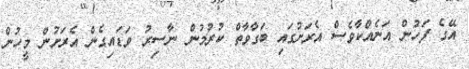
އޭގެ ފަހުން އަނެއްކާވެސް އެރަށުގައި ބަގާވާތް ކުރުމުން ނާސިރު ވަޑައިގެން އެރަށުން މީހުން